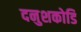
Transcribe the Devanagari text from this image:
दनुशकोडि